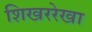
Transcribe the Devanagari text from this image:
शिखररेखा